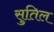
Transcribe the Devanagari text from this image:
सुतिल